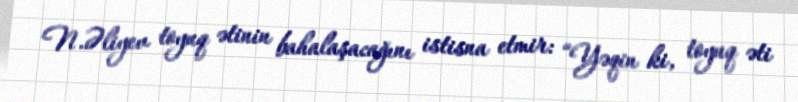
N.Əliyev toyuq ətinin bahalaşacağını istisna etmir: “Yəqin ki, toyuq əti